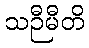
သဉီမီတိ